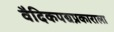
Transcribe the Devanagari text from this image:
वैदिकपद्यप्रकाराला